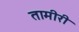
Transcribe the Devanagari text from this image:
तामीरी